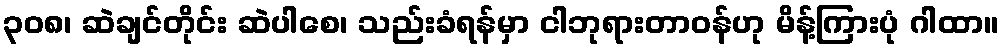
၃၀၈၊ ဆဲချင်တိုင်း ဆဲပါစေ၊ သည်းခံရန်မှာ ငါဘုရားတာဝန်ဟု မိန့်ကြားပုံ ဂါထာ။